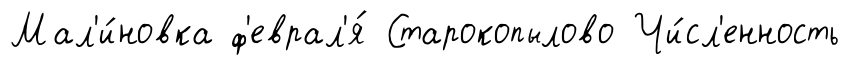
Мал'и́новка ф'еврал'я́ Старокопылово Чи́сл'енность